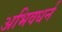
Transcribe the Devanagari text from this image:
अभिवधर्न